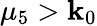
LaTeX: \mu_{5}>\mathbf{k}_{0}